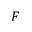
F